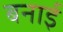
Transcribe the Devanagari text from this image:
बनार्इ